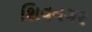
શિવનગર